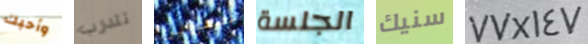
وأحبك تتدرب عصفورين الجلسة سنيك 77X147